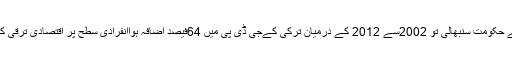
ترکی میں جب طیب اردوغان نے حکومت سنبھالی تو 2002سے 2012 کے درمیان ترکی کےجی ڈی پی میں 64فیصد اضافہ ہواانفرادی سطح پر اقتصادی ترقی کی شرح میں 43فیصد اضافہ ہوا۔